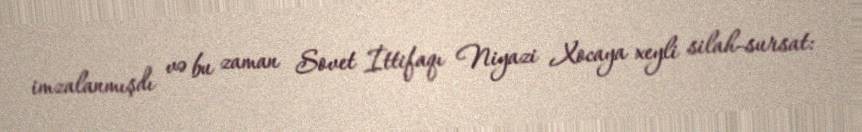
imzalanmışdı və bu zaman Sovet İttifaqı Niyazi Xocaya xeyli silah-sursat: